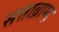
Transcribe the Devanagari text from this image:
सत्ताब्राम्ह